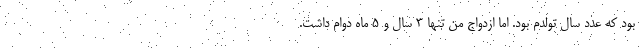
بود که عدد سال تولدم بود. اما ازدواج من تنها 3 سال و 5 ماه دوام داشت.